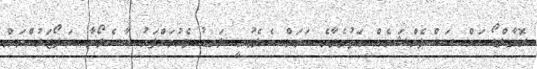
ރޮނާލްޑޯ އަށް ސަސްޕެންޝަނެއް އަތުވެދާނެ ކަމަށް ބެލެވުނީ ލަނޑު ޖެހުމަށްފަހު ބާސެލޯނާ ސަޕޯޓަރުންނަށް